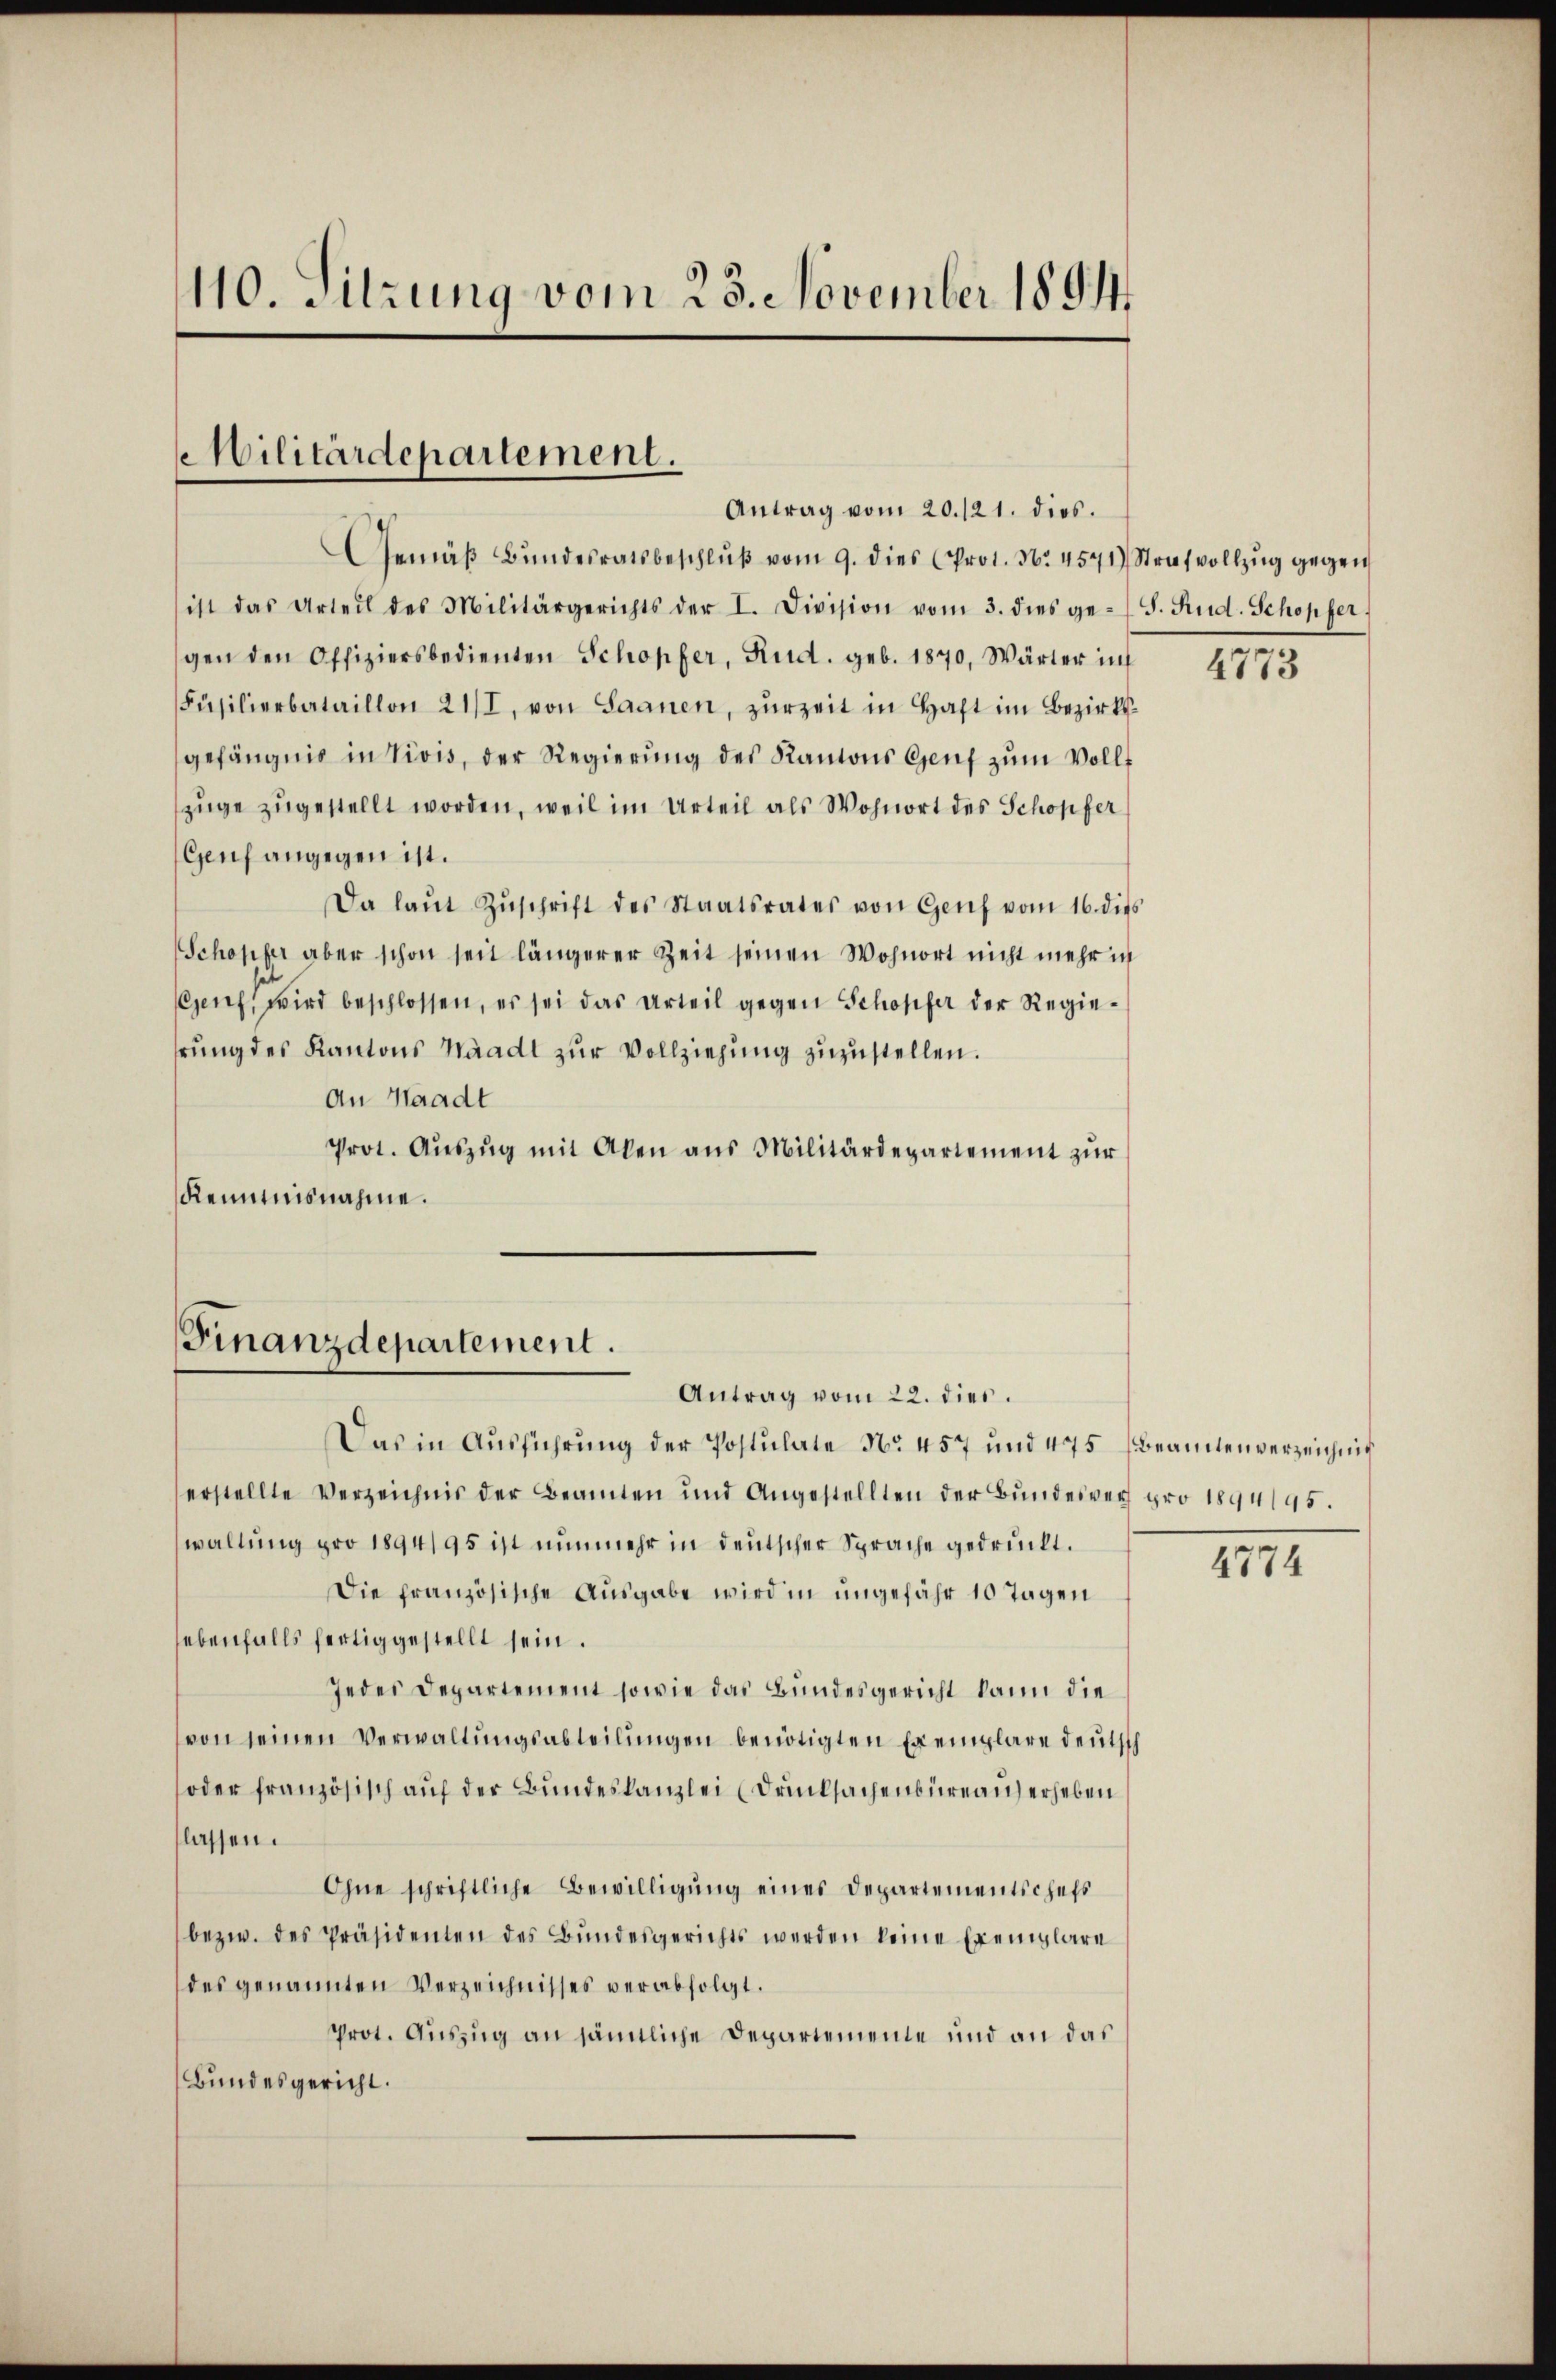
110. Sitzung vom 23. November 1894.

Militärdepartement.
Antrag vom 20./21. dies.

GGemäβ Bŭndesratsbeschlŭβ vom 9. dies Prof. No. 4571) Strafvollzug gegen
ist das Urteil des Militärgerichts der I. Division vom 3. dies ge-S. Rud. Schopfer,
gen den Offiziersbedienten Schopfer, Rud. geb. 1870, Wärter inf
Füsilierbataillon 21/I, von Saanen, zurzeit in Haft im Bezirksgefängnis in Vivis, der Regierung des Kantons Genf zum Vollzüge zugestellt worden, weil im Urteil als Wohnort des Schopfer
Genf angegen ist.
Da laŭt Zŭschrift des Staatsrates von Genf vom 16. dies
Schopfer aber schon seit längerer Zeit seinen Wohnort nicht mehr in
Genf, wird beschlossen, es sei das Urteil gegen Schöpfer der Regiehrung des Kantons Waadt zur Vollziehung zuzustellen.
An Waadt
Prot. Aŭszŭg mit Aben ans Militärdepartement zŭr
Kenntnisnahme.

Finanzdepartement.
Antrag vom 22. dies.

Das in Aŭsführŭng der Postulate No. 457 und 475 Beamtenverzeichnis
erstellte Verzeichnis der Beamten und Angestellten der Bundesvers pro 1894/95.
waltung pro 1894/95 ist nunmehr in deutscher Sprache gedruckt.
Die französische Ausgabe wird in ungefähr 10 Tagen
ebenfalls fertig gestellt sein.
Jeder Departement sowie das Bundesgericht kann die
von seinen Verwaltungsabteilungen benötigten Exemplare deutsch
oder französisch auf der Bundeskanzlei (Drucksachenbureau erheben
lassen.
Ohne schriftliche Bewilligung eines Departementschefs
bezw. des Präsidenten des Bundesgerichts werden keine Exemplare
des genannten Verzeichnisses verabfolgt.
Prot. Auszug an sämtliche Departemente und an das
Bundesgericht.

4773

4774